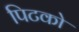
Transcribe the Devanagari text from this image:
पिटको